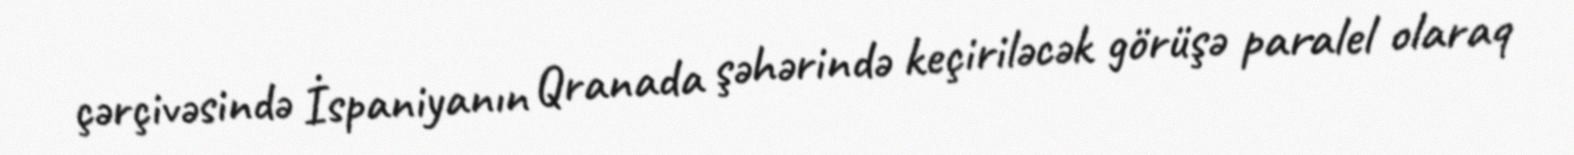
çərçivəsində İspaniyanın Qranada şəhərində keçiriləcək görüşə paralel olaraq